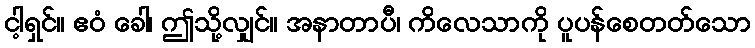
ငါ့ရှင်။ ဧဝံ ခေါ၊ ဤသို့လျှင်။ အနာတာပီ၊ ကိလေသာကို ပူပန်စေတတ်သော